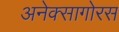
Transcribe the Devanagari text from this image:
अनेक्सागोरस